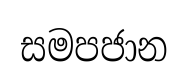
සමපජාන